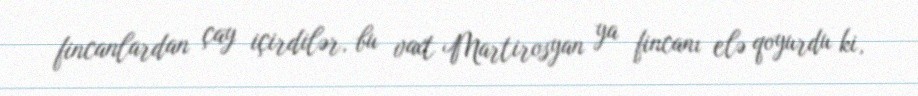
fincanlardan çay içirdilər, bu vaxt Martirosyan ya fincanı elə qoyurdu ki,